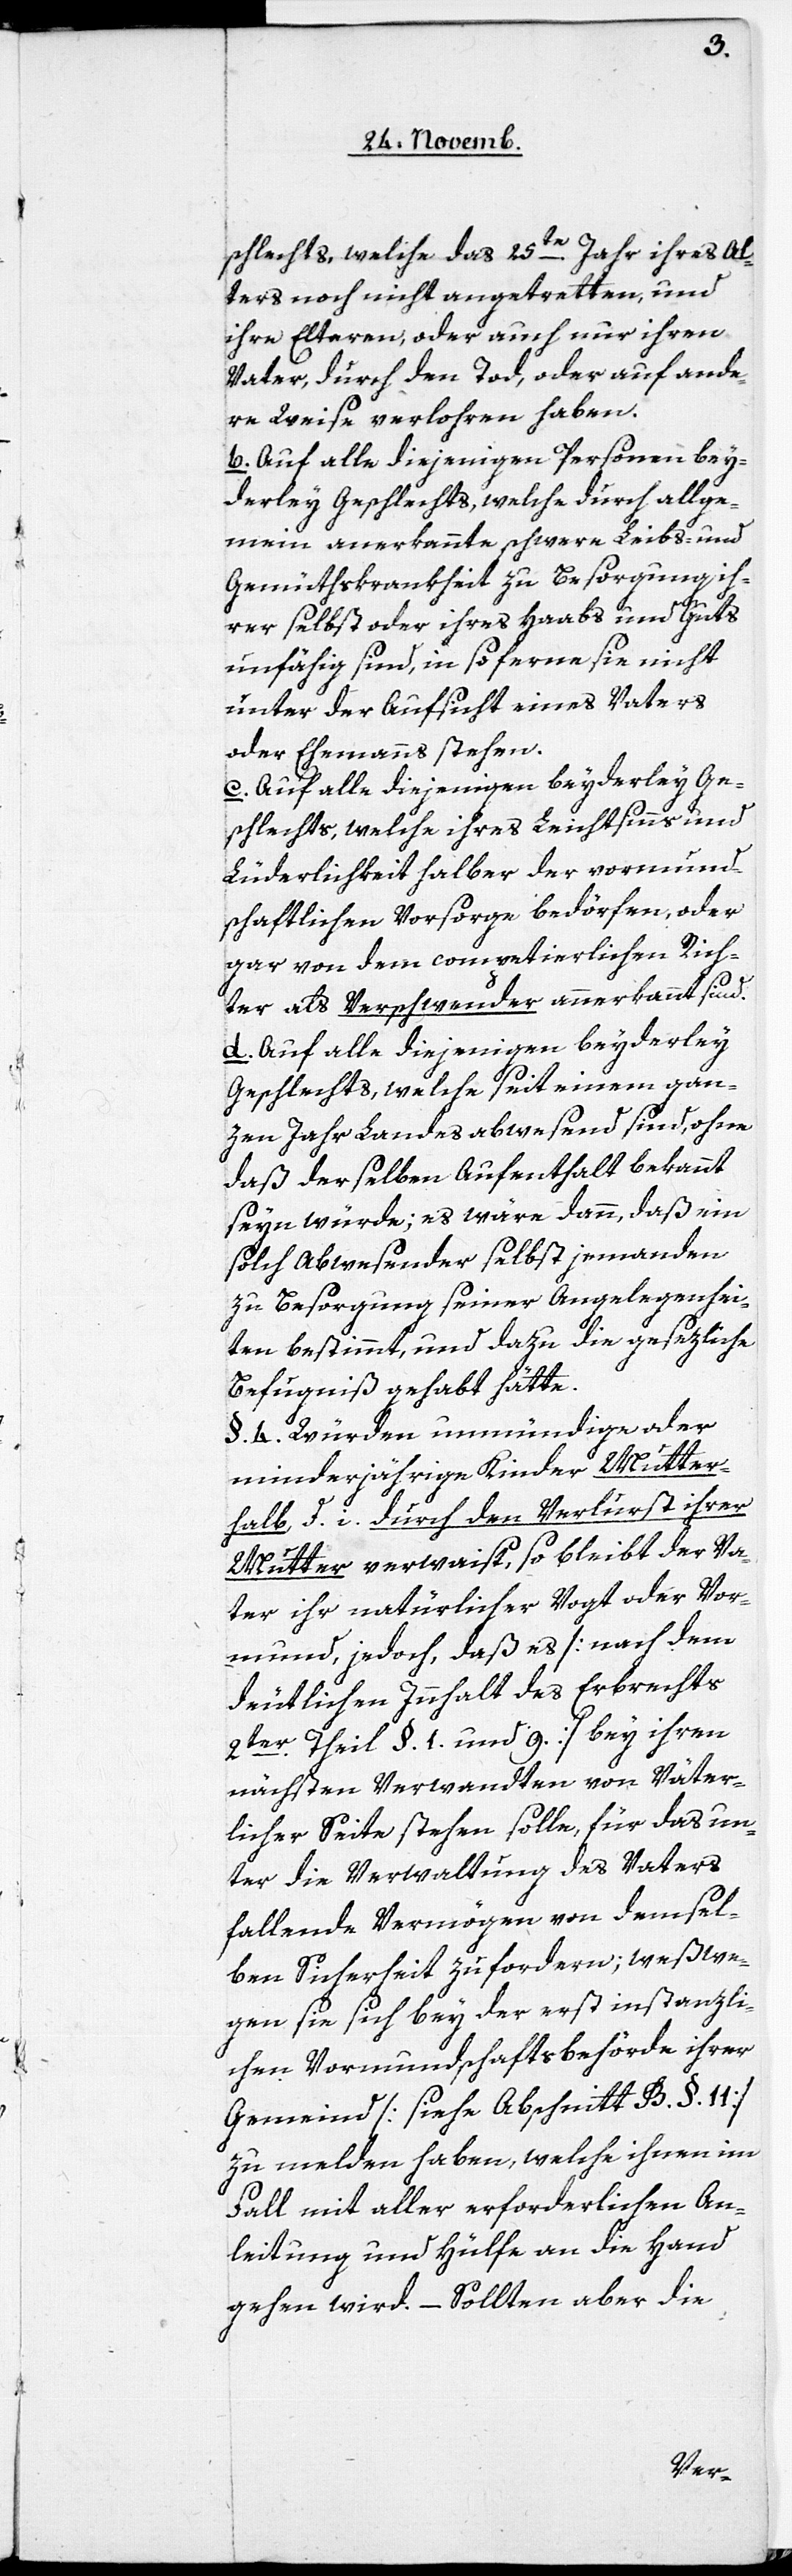
schlechts, welche das 25te. Jahr ihres Al¬
ters noch nicht angetretten und
ihre Elteren, oder auch nur ihren
Vater, durch den Tod, oder auf ande¬
re Weise verlohren haben.
b. Auf alle diejenigen Personen bey¬
derley Geschlechts, welche durch allge¬
mein anerkannte schwere Leibs- und
Gemüthskrankheit zu Besorgung ih¬
rer selbst oder ihres Haabs und Guts
unfähig sind, in so ferne sie nicht
unter der Aufsicht eines Vaters
oder Ehemanns stehen.
c. Auf alle diejenigen beyderley Ge¬
schlechts, welche ihres Leichtsinns und
Lüderlichkeit halber der vormund¬
schaftlichen Vorsorge bedörfen, oder
gar von dem competierlichen Rich¬
ter als Verschwender anerkannt sind.
Auf alle diejenigen beyderley
Geschlechts, welche seit einem gan¬
zen Jahr Landesabwesend sind, ohne
daß derselben Aufenthalt bekannt
seyn würde; es wäre dann, daß ein
solch Abwesender selbst jemanden
zu Besorgung seiner Angelegenhei¬
ten bestimmt, und dazu die gesezliche
Befugniß gehabt hätte.
§. 4. Würden unmündige oder
minderjährige Kinder Mutter¬
halb, d. i. durch den Verlust ihrer
Mutter verwaist, so bleibt der Va¬
ter ihr natürlicher Vogt oder Vor¬
mund, jedoch, daß es [nach dem
deutlichen Innhalt des Erbrechts
2ter. Theil §. 1. und 9.) bey ihren
nächsten Verwandten von Väter¬
licher Seite stehen solle, für das un¬
ter die Verwaltung des Vaters
fallende Vermögen von demsel¬
ben Sicherheit zu fordern; weßwe¬
gen sie sich bey der erstinstanzli¬
chen Vormundschaftsbehörde ihrer
Gemeind [siehe Abschnitt B. §. 11.]
zu melden haben, welche ihnen im
Fall mit aller erforderlichen An¬
leitung und Hülfe an die Hand
gehen wird. – Sollten aber die